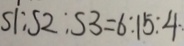
S 1 : S 2 : S 3 = 6 : 1 5 : 4